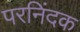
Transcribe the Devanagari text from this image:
परनिंदक